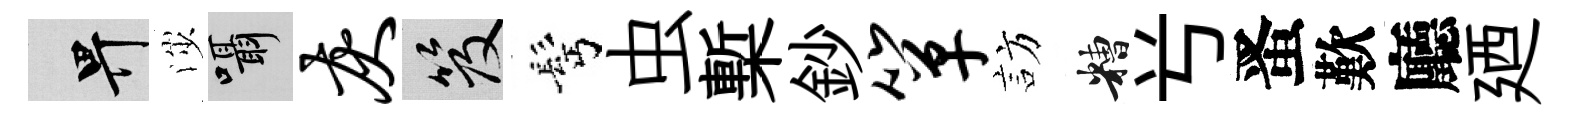
畀渉囁灰笈髩虫槧鈔箪訪糟𠔃󱉠歎廳廼